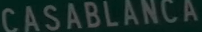
CASABLANCA